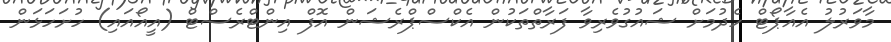
މާވަރުލު އެއާޕޯޓް ހެދުމަށް ޝައުގުވެރިވާ ފަރާތްތަކުން އެކްސްޕްރެޝަން އޮފް އިންޓްރެސްޓް (އީއޯއައި) ހުށަހަޅަން